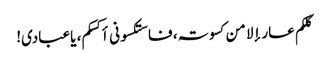
کلکم عار إلا من کسوتہ، فاستکسونی أکسکم، یاعبادی!